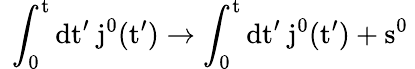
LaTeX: \mathrm{~\int_{0}^{t}dt^{\prime}~j^{0}(t^{\prime})\to\int_{0}^{t}dt^{\prime}~j^{0}(t^{\prime})+s^{0}~}